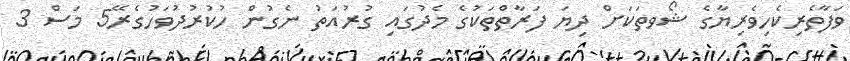
ވަފާތެރިކެހިވެރިޔާގެ ޝޯވތަކަށް ދިޔަ ފަރާތްތަކުގެ މެދުގައި ގުރުއަތު ނެގުން ހުކުރުދުވަހުގެރޭ5 މަސް 3